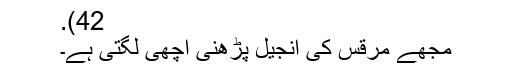
42).
مجھے مرقس کی انجیل پڑھنی اچھی لگتی ہے۔